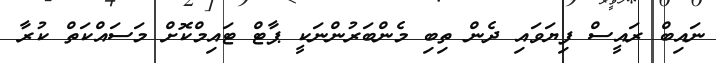
ނައިބް ރައީސް ފިޔަވައި ދެން ތިބި މެންބަރުންނަކީ ޕާޓް ޓައިމްކޮށް މަސައްކަތް ކުރާ